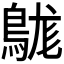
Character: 𪁒